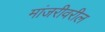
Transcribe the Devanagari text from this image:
मांजरीवरील